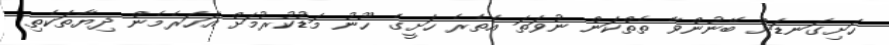
ހަށިގަނޑަށް ބޭނުންވާ ތެތްކަން ނުވަތަ އެތެރެ ހަށީގެ ހޫނު މަޑުކުރުމަށް އަހަރެމެން ދިޔާތަކެތި